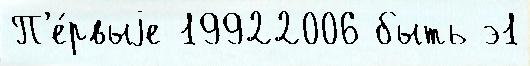
П'е́рвыjе 19922006 быть э1